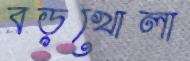
বড়খোলা